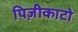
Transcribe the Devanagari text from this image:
पिज़ीकाटो